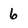
Character: 6